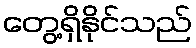
တွေ့ရှိနိုင်သည်